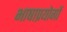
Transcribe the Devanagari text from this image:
भाषाप्रयोगों